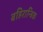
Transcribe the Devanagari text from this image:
बहिरान्त्रिक